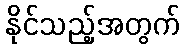
နိုင်သည့်အတွက်